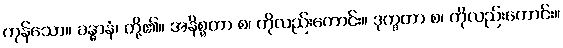
ကုန်သော။ ခန္ဓာနံ၊ တို့၏။ အနိစ္စတာ စ၊ ကိုလည်းကောင်း။ ဒုက္ခတာ စ၊ ကိုလည်းကောင်း။